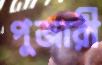
পুজারী